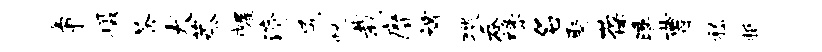
争摄苍犬蒸幄济尻忧栽縻裨猥吞缘名聚葆曛曹嵇柢